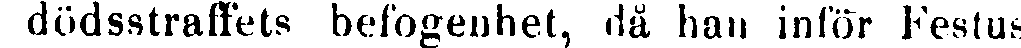
i dödsstraffets befogenhet, då han inför Festus